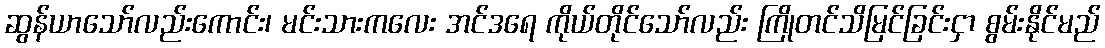
ဆွန်ယာသော်လည်းကောင်း၊ မင်းသားကလေး အင်ဒရေ ကိုယ်တိုင်သော်လည်း ကြိုတင်သိမြင်ခြင်းငှာ စွမ်းနိုင်မည်